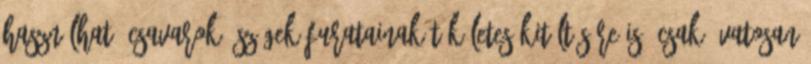
használható csavarok, szögek furatainak tökéletes kitöltésére is. Csak óvatosan